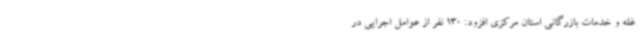
غله و خدمات بازرگانی استان مرکزی افزود: 130 نفر از عوامل اجرایی در